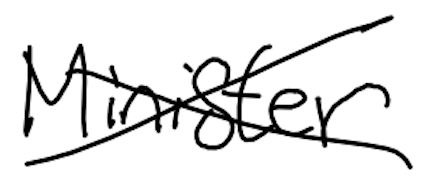
Text: Minister
Cross-out: cross
Writing tool: digital_black